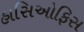
હાસિઓફિસ